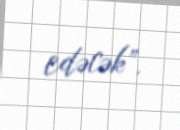
edəcək”.